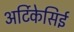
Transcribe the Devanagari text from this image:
अर्टिकेसिई